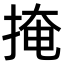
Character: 掩